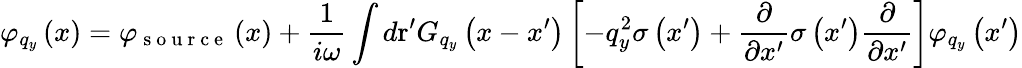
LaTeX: {{\varphi}_{{{q}_{y}}}}\left(x\right)={{\varphi}_{\mathrm{~s~o~u~r~c~e~}}}\left(x\right)+\frac{1}{i\omega}\int{d\mathrm{{r}^{\prime}}{{G}_{{{q}_{y}}}}\left(x-{x}^{\prime}\right)\left[-q_{y}^{2}\sigma\left({{x}^{\prime}}\right)+\frac{\partial}{\partial{x}^{\prime}}\sigma\left({{x}^{\prime}}\right)\frac{\partial}{\partial{x}^{\prime}}\right]{{\varphi}_{{{q}_{y}}}}\left({{x}^{\prime}}\right)}